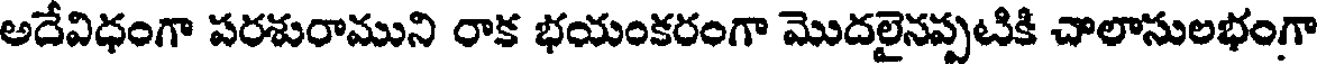
అదేవిధంగా పరశురాముని రాక భయంకరంగా మొదలైనప్పటికి చాలాసులభంగా